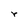
Character: r